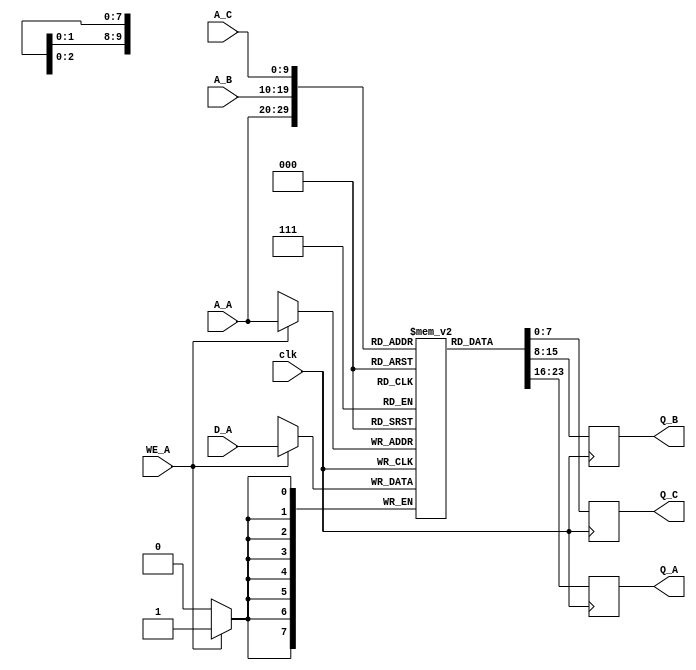
module TriplePortRAM #(
    parameter ADDR_WIDTH = 10, // Address width (10 bits = 1024 locations)
    parameter DATA_WIDTH = 8    // Data width (8 bits = 1 byte)
)(
    input  wire [ADDR_WIDTH-1:0] A_A,  // Address for Port A
    input  wire [DATA_WIDTH-1:0] D_A,  // Data input for Port A
    input  wire WE_A,                  // Write enable for Port A
    output reg  [DATA_WIDTH-1:0] Q_A,  // Data output for Port A

    input  wire [ADDR_WIDTH-1:0] A_B,  // Address for Port B
    output reg  [DATA_WIDTH-1:0] Q_B,   // Data output for Port B

    input  wire [ADDR_WIDTH-1:0] A_C,  // Address for Port C
    output reg  [DATA_WIDTH-1:0] Q_C,   // Data output for Port C

    input  wire clk                    // Clock signal
);

    // Memory array
    reg [DATA_WIDTH-1:0] memory [(1<<ADDR_WIDTH)-1:0];

    // Port A: Read/Write operation
    always @(posedge clk) begin
        if (WE_A) begin
            // Write operation to Port A
            memory[A_A] <= D_A;  // Write data D_A to the address A_A
        end
        
        // Read operation for Port A
        Q_A <= memory[A_A];
    end

    // Port B: Read-only operation
    always @(posedge clk) begin
        Q_B <= memory[A_B];  // Read data from address A_B
    end

    // Port C: Read-only operation
    always @(posedge clk) begin
        Q_C <= memory[A_C];  // Read data from address A_C
    end
    
endmodule